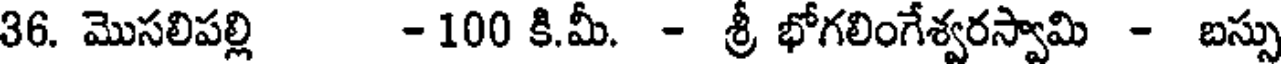
36. మొసలిపల్లి -100 కి.మీ. - శ్రీ భోగలింగేశ్వరస్వామి - బస్సు